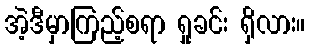
အဲ့ဒီမှာကြည့်စရာ ရှုခင်း ရှိလား။